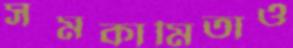
সমকামিতাও